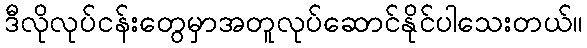
ဒီလိုလုပ်ငန်းတွေမှာအတူလုပ်ဆောင်နိုင်ပါသေးတယ်။